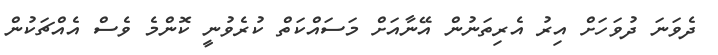
ދެވަނަ ދުވަހަށް އިރު އެރިތަނުން އޭނާއަށް މަސައްކަތް ކުރެވުނީ ކޮންމެ ވެސް އެއްޗަކުން